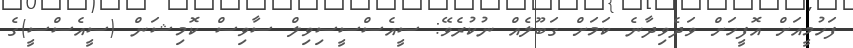
ފަހުމީއަށް އޮފީހަށް ވަދެވިދާނެ ކަމަށް ގަބޫލެއް ނުކުރެވޭ: ސީއެސްސީސިވިލް ސާވިސް ކޮމިޝަން (ސީއެސްސީ)ގެ